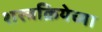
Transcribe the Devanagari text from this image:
शस्त्रक्रियेच्या